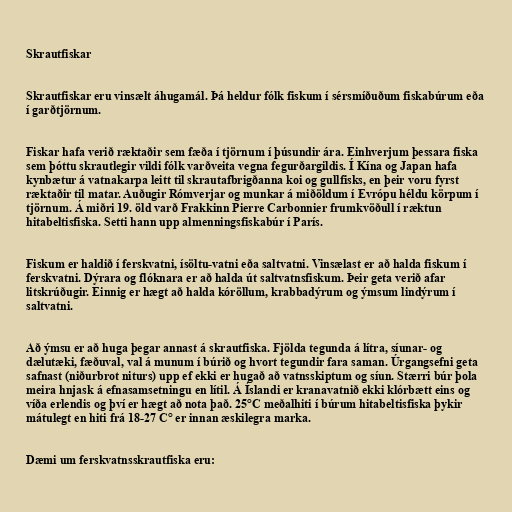
Skrautfiskar

Skrautfiskar eru vinsælt áhugamál. Þá heldur fólk fiskum í sérsmíðuðum fiskabúrum eða
í garðtjörnum.

Fiskar hafa verið ræktaðir sem fæða í tjörnum í þúsundir ára. Einhverjum þessara fiska
sem þóttu skrautlegir vildi fólk varðveita vegna fegurðargildis. Í Kína og Japan hafa
kynbætur á vatnakarpa leitt til skrautafbrigðanna koi og gullfisks, en þeir voru fyrst
ræktaðir til matar. Auðugir Rómverjar og munkar á miðöldum í Evrópu héldu körpum í
tjörnum. Á miðri 19. öld varð Frakkinn Pierre Carbonnier frumkvöðull í ræktun
hitabeltisfiska. Setti hann upp almenningsfiskabúr í París.

Fiskum er haldið í ferskvatni, ísöltu-vatni eða saltvatni. Vinsælast er að halda fiskum í
ferskvatni. Dýrara og flóknara er að halda út saltvatnsfiskum. Þeir geta verið afar
litskrúðugir. Einnig er hægt að halda kóröllum, krabbadýrum og ýmsum lindýrum í
saltvatni.

Að ýmsu er að huga þegar annast á skrautfiska. Fjölda tegunda á lítra, síunar- og
dælutæki, fæðuval, val á munum í búrið og hvort tegundir fara saman. Úrgangsefni geta
safnast (niðurbrot niturs) upp ef ekki er hugað að vatnsskiptum og síun. Stærri búr þola
meira hnjask á efnasamsetningu en lítil. Á Íslandi er kranavatnið ekki klórbætt eins og
víða erlendis og því er hægt að nota það. 25°C meðalhiti í búrum hitabeltisfiska þykir
mátulegt en hiti frá 18-27 C° er innan æskilegra marka.

Dæmi um ferskvatnsskrautfiska eru: